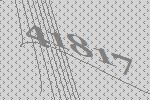
41817